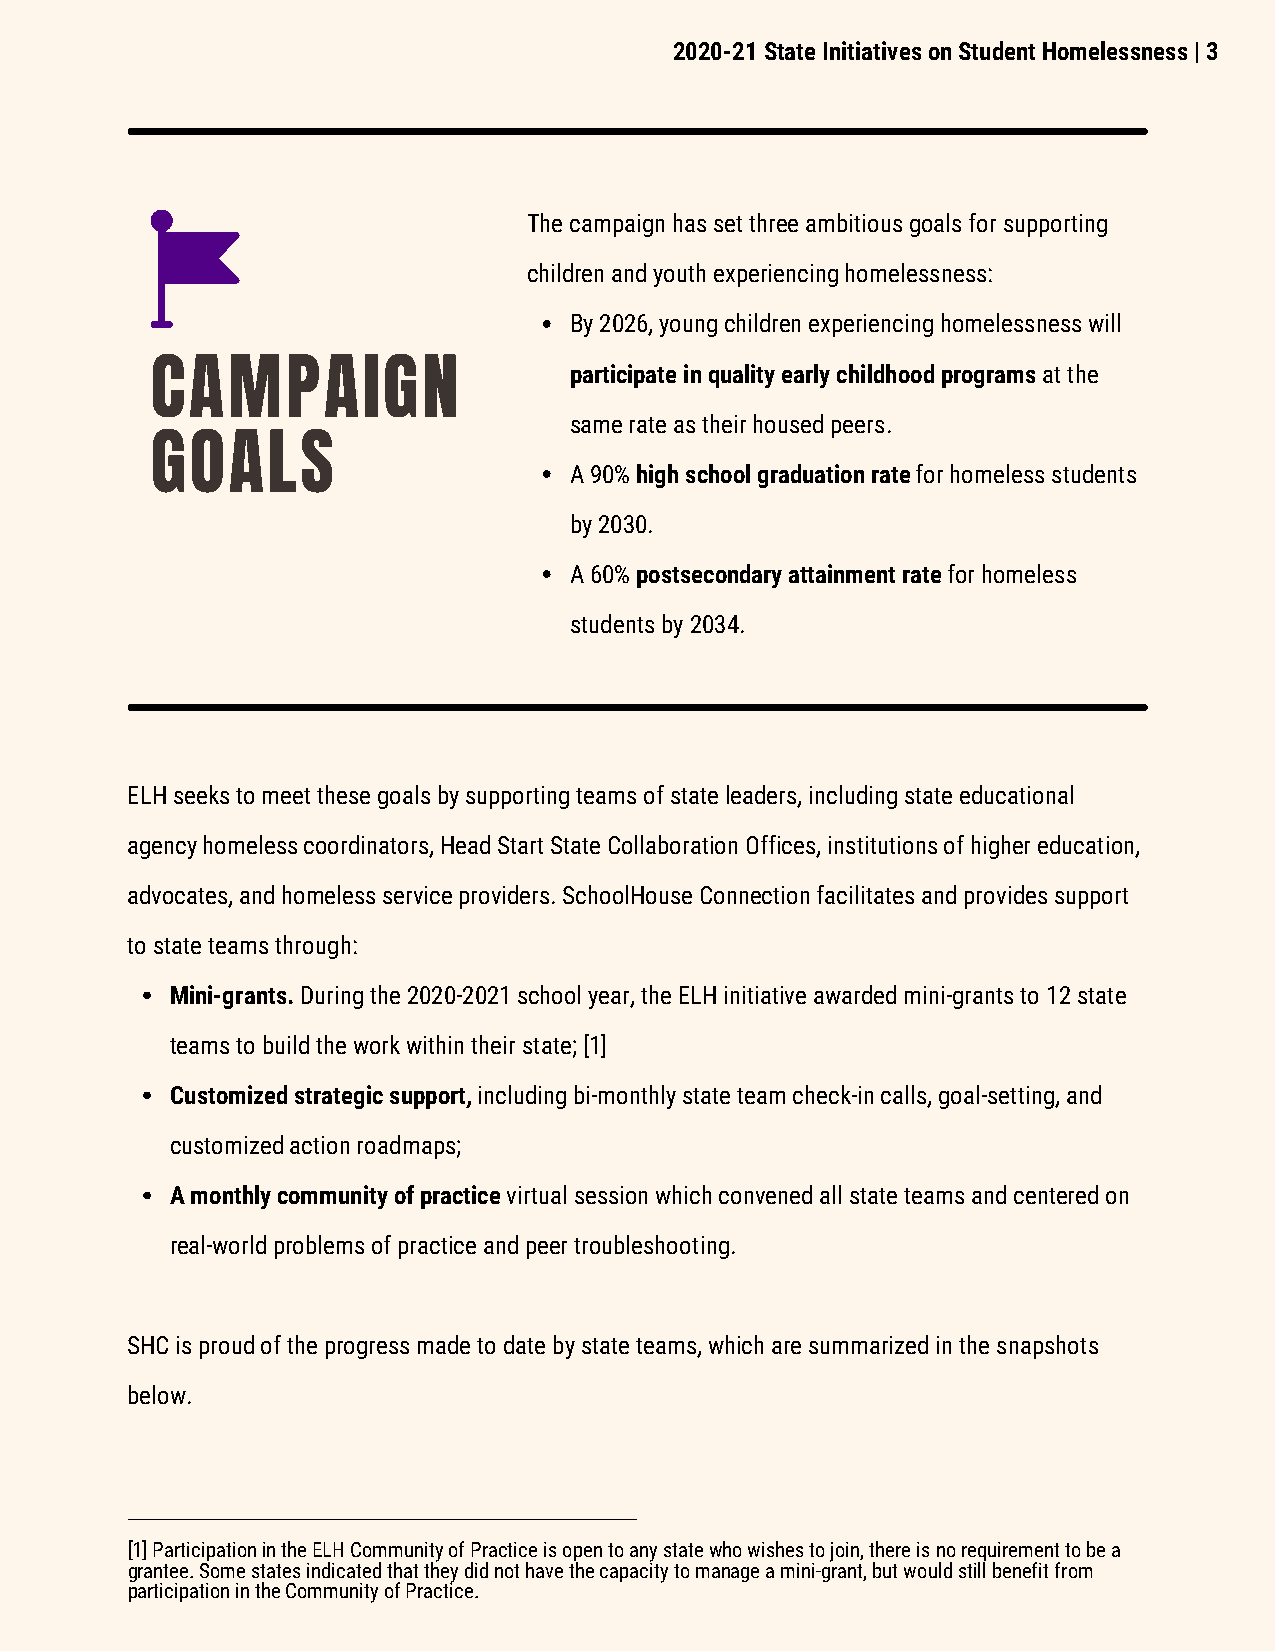
2020-21 State Initiatives on Student Homelessness | 3
 The campaign has set three ambitious goals for supporting
 children and youth experiencing homelessness:
 By 2026, young children experiencing homelessness will
 CAMPAIGN                    participate in quality early childhood programs at the
 same rate as their housed peers.
 GOALS
 A 90% high school graduation rate for homeless students
 by 2030.
 A 60% postsecondary attainment rate for homeless
 students by 2034.
 ELH seeks to meet these goals by supporting teams of state leaders, including state educational
 agency homeless coordinators, Head Start State Collaboration Offices, institutions of higher education,
 advocates, and homeless service providers. SchoolHouse Connection facilitates and provides support
 to state teams through:
 Mini-grants. During the 2020-2021 school year, the ELH initiative awarded mini-grants to 12 state
 teams to build the work within their state; [1]
 Customized strategic support, including bi-monthly state team check-in calls, goal-setting, and
 customized action roadmaps;
 A monthly community of practice virtual session which convened all state teams and centered on
 real-world problems of practice and peer troubleshooting.
 SHC is proud of the progress made to date by state teams, which are summarized in the snapshots
 below.
 [1] Participation in the ELH Community of Practice is open to any state who wishes to join, there is no requirement to be a
 grantee. Some states indicated that they did not have the capacity to manage a mini-grant, but would still benefit from
 participation in the Community of Practice.